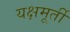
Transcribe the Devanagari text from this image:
यक्षमूर्ती